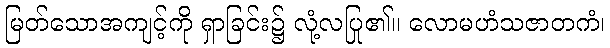
မြတ်သောအကျင့်ကို ရှာခြင်း၌ လုံ့လပြု၏။ လောမဟံသဇာတကံ၊